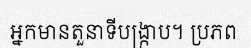
អ្នកមានតួនាទីបង្ក្រាប។ ប្រភព